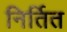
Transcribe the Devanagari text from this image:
निर्तित